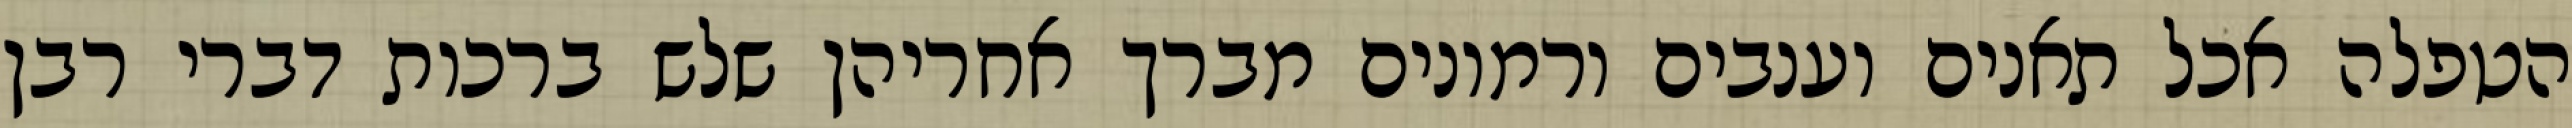
הטפלה אכל תאנים וענבים ורמונים מברך אחריהן שלש ברכות דברי רבן